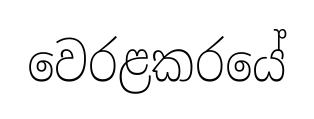
වෙරළකරයේ